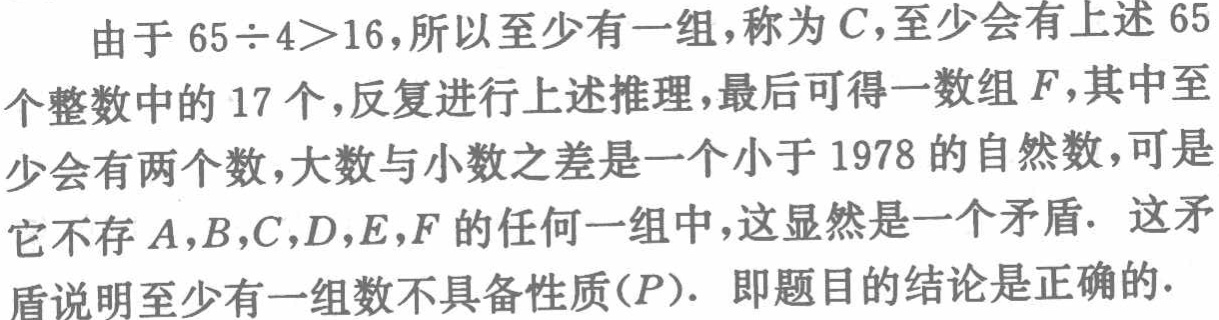
由于 \(65\div4 > 16\)，所以至少有一组，称为 \(C\)，至少会有上述 \(65\)个整数中的 \(17\)个，反复进行上述推理，最后可得一数组 \(F\)，其中至少会有两个数，大数与小数之差是一个小于 \(1978\)的自然数，可是它不存 \(A,B,C,D,E,F\)的任何一组中，这显然是一个矛盾. 这矛盾说明至少有一组数不具备性质\((P)\). 即题目的结论是正确的.